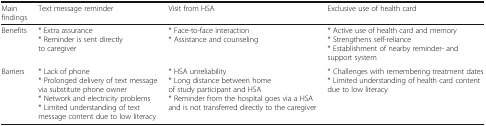
<table><thead><tr><td><b>Main findings</b></td><td><b>Text message reminder</b></td><td><b>Visit from HSA</b></td><td><b>Exclusive use of health card</b></td></tr></thead><tbody><tr><td>Benefits</td><td>* Extra assurance* Reminder is sent directly to caregiver</td><td>* Face-to-face interaction* Assistance and counseling</td><td>* Active use of health card and memory* Strengthens self-reliance* Establishment of nearby reminder- and support system</td></tr><tr><td>Barriers</td><td>* Lack of phone* Prolonged delivery of text message via substitute phone owner* Network and electricity problems* Limited understanding of text message content due to low literacy</td><td>* HSA unreliability* Long distance between home of study participant and HSA* Reminder from the hospital goes via a HSA and is not transferred directly to the caregiver</td><td>* Challenges with remembering treatment dates* Limited understanding of health card content due to low literacy</td></tr></tbody></table>